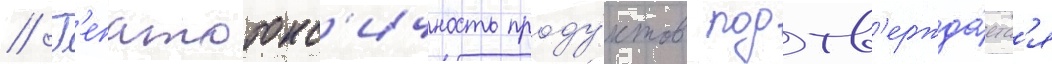
// Г'епатотокс'ичность проду́ктов подтв'ержда́етс'я